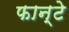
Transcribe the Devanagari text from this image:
फान्टे